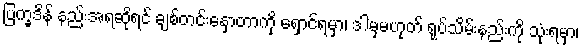
ပြက္ခဒိန် နည်းအရဆိုရင် ချစ်တင်းနှောတာကို ရှောင်ရမှာ၊ ဒါမှမဟုတ် ရုပ်သိမ်းနည်းကို သုံးရမှာ၊